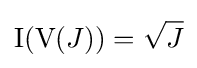
\mathrm {I} (\mathrm {V} (J))={\sqrt {J}}